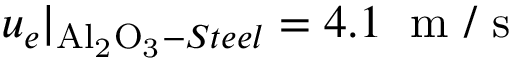
u _ { e } | _ { \mathrm { A l _ { 2 } O _ { 3 } } - S t e e l } = 4 . 1 \; \mathrm { ~ m ~ / ~ s ~ }